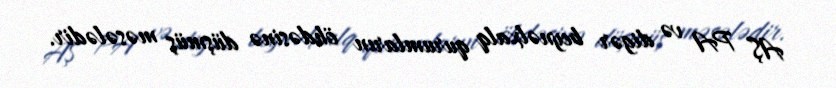
AŞ PA və digər beynəlxalq qurumların öhdəsinə düşmüş məsələdir.